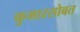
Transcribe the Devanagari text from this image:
कुमारसोबत